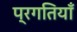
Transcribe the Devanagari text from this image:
प्रगतियाँ